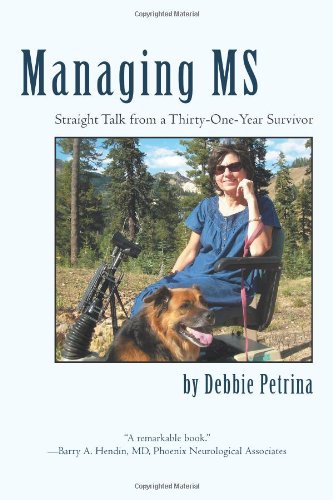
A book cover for Managing MS: Straight Talk from a Thirty-One-Year Survivor; Debbie Petrina; Health, Fitness & Dieting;